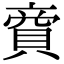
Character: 𧶜